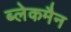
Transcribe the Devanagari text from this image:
ब्लेकमैन